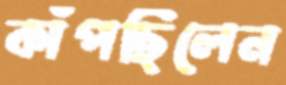
কাঁপছিলেন